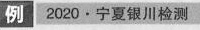
例 2020·宁夏银川检测